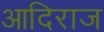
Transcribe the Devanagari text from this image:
आदिराज